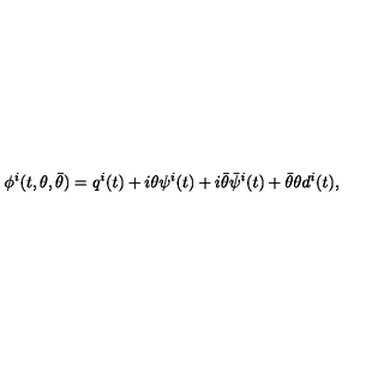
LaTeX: \phi ^ { i } ( t , \theta , \bar { \theta } ) = q ^ { i } ( t ) + i \theta \psi ^ { i } ( t ) + i \bar { \theta } \bar { \psi } ^ { i } ( t ) + \bar { \theta } \theta d ^ { i } ( t ) ,